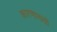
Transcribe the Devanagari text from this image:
कारणाख्यो